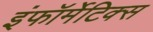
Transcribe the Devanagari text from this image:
इंफॉर्मेटिक्स